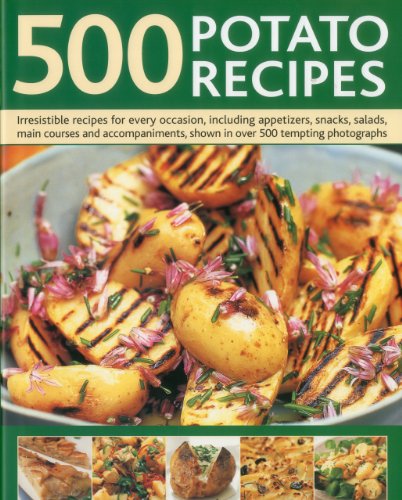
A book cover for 500 Potato Recipes: Irresistible recipes for every occasion including soups, appetizers, snacks, main courses and accompaniments, shown in over 500 tempting photographs; Elizabeth Woodland; Cookbooks, Food & Wine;